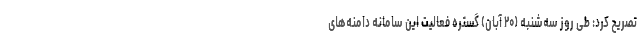
تصریح کرد: طی روز سه‌شنبه (۲۰ آبان) گستره فعالیت این سامانه دامنه‌های